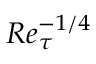
R e _ { \tau } ^ { - 1 / 4 }